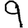
Digit: 9